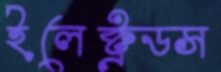
ইলেক্ট্রডস